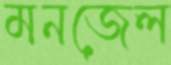
মনজেল